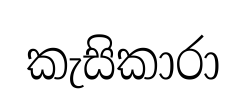
කැසිකාරා